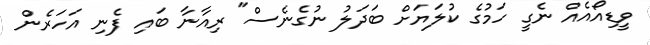
ވީޑިއޯއެއް ނެގީ ހަމުގެ ކުލަޔަށް ބަދަލު ނުގެނެސް" ރިއާނާ ބައި ފެނި އަހަރެން